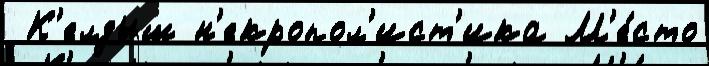
 К'елдыш н'екропол'ист'ика М'е́сто